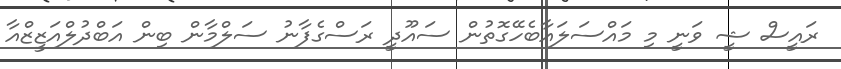
ރައީސް ޝީ ވަނީ މި މައްސަލައާބެހޭގޮތުން ސައޫދީ ރަސްގެފާނު ސަލްމާން ބިން އަބްދުލްއަޒީޒްއާ